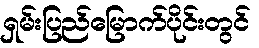
ရှမ်းပြည်မြောက်ပိုင်းတွင်